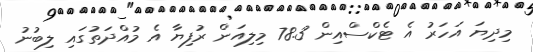
މިދިޔަ އަހަރު އެ ޓެކްސްއިން 78.3 މިލިއަން ރުފިޔާ އެ މުއްދަތުގައި ލިބުނު